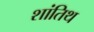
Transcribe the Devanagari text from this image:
शांतिथ